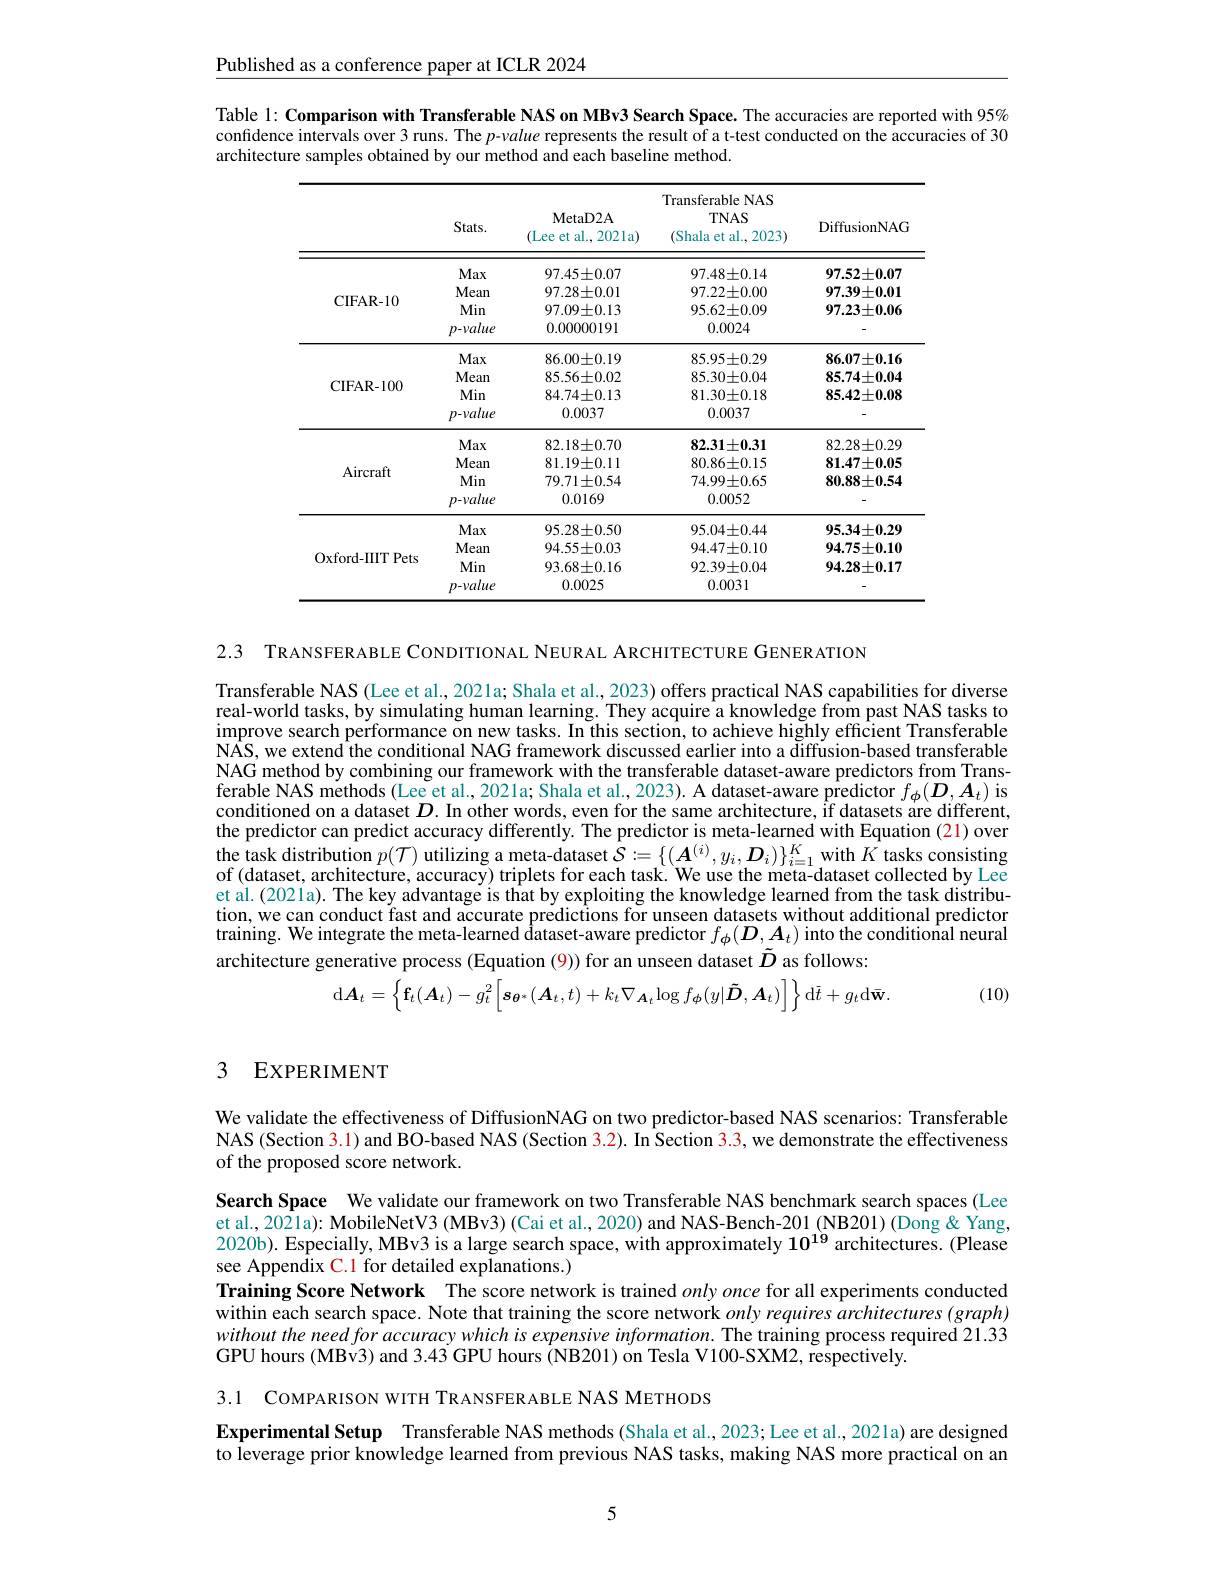
Published as a conference paper at ICLR 2024

Table l: Comparison with Transferable NAS on MBv3 Search Space. The accuracies are reported with 95% confidence intervals over 3 runs. The $p$-value represents the result of a t-test conducted on the accuracies of 30 architecture samples obtained by our method and each baseline method.

<table>
	<tbody>
		<tr>
			<th> </th>
			<th>Stats.</th>
			<th>MetaD2A (Lee et al., 202la)</th>
			<th>Transferable NAS TNAS (Shala et al., 2023)</th>
			<th>DiffusionNAG</th>
		</tr>
		<tr>
			<td rowspan="4">CIFAR- 10</td>
			<td>Max</td>
			<td>$97.45\pm0.07$</td>
			<td>$97.48\pm0.14$</td>
			<td>$97.52\pm0.07$</td>
		</tr>
		<tr>
			<td>Mean</td>
			<td>$97.28\pm0.01$</td>
			<td>$97.22\pm0.00$</td>
			<td>$97.39\pm0.01$</td>
		</tr>
		<tr>
			<td>Min</td>
			<td>$97.09\pm0.13$</td>
			<td>$95.62\pm0.09$</td>
			<td>$97.23\pm0.06$</td>
		</tr>
		<tr>
			<td>p-value</td>
			<td>0.00000191</td>
			<td>0.0024</td>
			<td> </td>
		</tr>
		<tr>
			<td rowspan="4">$\mathbf{CIFAR-100}$</td>
			<td>Max</td>
			<td>$86.00\pm0.19$</td>
			<td>$85.95\pm0.29$</td>
			<td>$86.07\pm0.16$</td>
		</tr>
		<tr>
			<td>Mean</td>
			<td>$85.56\pm0.02$</td>
			<td>$85.30\pm0.04$</td>
			<td>85.74±0.04</td>
		</tr>
		<tr>
			<td>Min</td>
			<td>$84.74\pm0.13$</td>
			<td>$81.30\pm0.18$</td>
			<td>$85.42\pm0.08$</td>
		</tr>
		<tr>
			<td>p-value</td>
			<td>0.0037</td>
			<td>0.0037</td>
			<td> </td>
		</tr>
		<tr>
			<td rowspan="4">Aircraft</td>
			<td>Max</td>
			<td>$82.18\pm0.70$</td>
			<td>$82.31\pm0.31$</td>
			<td>$82.28\pm0.29$</td>
		</tr>
		<tr>
			<td>Mean</td>
			<td>$81.19\pm0.11$</td>
			<td>$80.86\pm0.15$</td>
			<td>$81.47\pm0.05$</td>
		</tr>
		<tr>
			<td>Min</td>
			<td>$79.71\pm0.54$</td>
			<td>$74.99\pm0.65$</td>
			<td>$80.88\pm0.54$</td>
		</tr>
		<tr>
			<td>p-value</td>
			<td>0.0169</td>
			<td>0.0052</td>
			<td> </td>
		</tr>
		<tr>
			<td rowspan="4">Oxford-IIIT Pets</td>
			<td>Max</td>
			<td>$95.28\pm0.50$</td>
			<td>$95.04\pm0.44$</td>
			<td>$95.34\pm0.29$</td>
		</tr>
		<tr>
			<td>Mean</td>
			<td>$94.55\pm0.03$</td>
			<td>$94.47\pm0.10$</td>
			<td>$94.75\pm0.10$</td>
		</tr>
		<tr>
			<td>Min</td>
			<td>$93.68\pm0.16$</td>
			<td>$92.39\pm0.04$</td>
			<td>$94.28\pm0.17$</td>
		</tr>
		<tr>
			<td>$p-value$</td>
			<td>0.0025</td>
			<td>0.0031</td>
			<td> </td>
		</tr>
	</tbody>
</table>

2.3 TRANSFERABLE CONDITIONAL NEURAL ARCHITECTURE GENERATION

Transferable NAS (Lee et al., 2021a; Shala et al., 2023) offers practical NAS capabilities for diverse real-world tasks, by simulating human learning. They acquire a knowledge from past NAS tasks to improve search performance on new tasks. In this section, to achieve highly efficient Transferable $\hat{\text{N\^{A}S,we extend\^{d}theconditionalNAGframeworkdiscussedearlierintoa\~{d}iffusion-basedtransferable}}$ NAG method by combining our framework with the transferable dataset-aware predictors from Transferable NAS methods (Lee et al., 2021a; Shala et al., 2023). A dataset-aware predictor $f_{\boldsymbol{\phi}}(\boldsymbol{D},\boldsymbol{A}_{t})$ is conditioned on a dataset $D.$ In other words, even for the same architecture, if datasets are different, the predictor can predict accuracy differently. The predictor is meta-learned with Equation (21) over $\hat {\text{the task distribution }p}( \mathcal{T} )$ utilizing a meta-dataset $\hat{\mathcal{S}}:=\{(\boldsymbol{A}^{(i)},y_{i},\boldsymbol{D}_{i})\}_{i=1}^{K}$with $\hat{K}$ tasks consisting of (dataset, architecture, accuracy) triplets for each task. We use the meta-dataset collected by Lee et al. (2021a). The key advantage is that by exploiting the knowledge learned from the task distribution, we can conduct fast and accurate predictions for unseen datasets without additional predictor training. We integrate the meta-learned dataset-aware predictor $f_\phi(\boldsymbol{D},\boldsymbol{A}_t)$ into the conditional neural architecture generative process (Equation (9)) for an unseen dataset $\tilde{D}$ as follows:
(10)
$$\mathrm{d}\boldsymbol{A}_{t}=\left\{\mathbf{f}_{t}(\boldsymbol{A}_{t})-g_{t}^{2}\left[\boldsymbol{s}_{\boldsymbol{\theta}^{*}}(\boldsymbol{A}_{t},t)+k_{t}\nabla_{\boldsymbol{A}_{t}}\log f_{\boldsymbol{\phi}}(y|\tilde{\boldsymbol{D}},\boldsymbol{A}_{t})\right]\right\}\mathrm{d}\bar{t}+g_{t}\mathrm{d}\bar{\mathbf{w}}.$$
### 3 EXPERIMENT

We validate the effectiveness of DiffusionNAG on two predictor-based NAS scenarios: Transferable NAS (Section 3.1) and BO-based NAS (Section 3.2). In Section 3.3, we demonstrate the effectiveness of the proposed score network.

Search Space We validate our framework on two Transferable NAS benchmark search spaces (Lee et al., 2021a): MobileNetV3 (MBv3) (Cai et al., 2020) and NAS-Bench-201 (NB201) (Dong &Yang, 2020b). Especially, MBv3 is a large search space, with approximately $10^{19}$ architectures. (Please see Appendix C.1 for detailed explanations.)
Training Score Network The score network is trained $only\textit{once for all experiments conducted}$ within each search space. Note that training the score network $only\textit{requires architectures( graph) }$ withoutthe need for accuracy which is expensive information. The training process required 21.33 GPU hours (MBv3) and 3.43 GPU hours (NB201) on Tesla V100-SXM2, respectively.

3.1 COMPARISON WITH TRANSFERABLE NAS METHODS

Experimental Setup Transferable NAS methods (Shala et al., 2023; Leet al., 2021a) are designed to leverage prior knowledge learned from previous NAS tasks, making NAS more practical on an

5